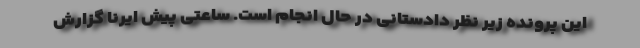
این پرونده زیر نظر دادستانی در حال انجام است. ساعتی پیش ایرنا گزارش